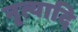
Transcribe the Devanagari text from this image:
नृत्यादि